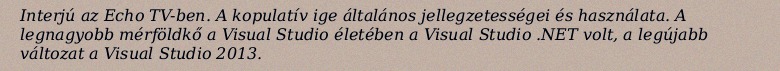
Interjú az Echo TV-ben. A kopulatív ige általános jellegzetességei és használata. A legnagyobb mérföldkő a Visual Studio életében a Visual Studio .NET volt, a legújabb változat a Visual Studio 2013.